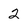
Character: 2